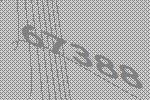
67388